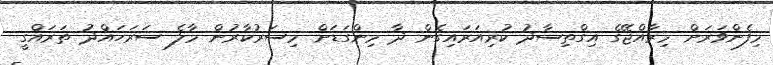
މިފެންވަރަށް މިރާއްޖޭގެ އިގްތިސާދު ކުރިއަރަައިގެން ދާ މިންގަޑަށް މިސަރުކާރުން މާލެ ސަރަހައްދު ތަރައްގީ